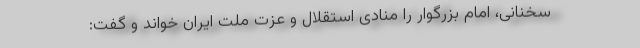
سخنانی، امام بزرگوار را منادی استقلال و عزت ملت ایران خواند و گفت: